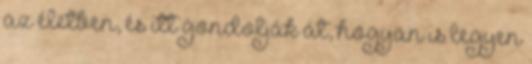
az életben, és itt gondolják át, hogyan is legyen